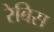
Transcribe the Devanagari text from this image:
रेबिस